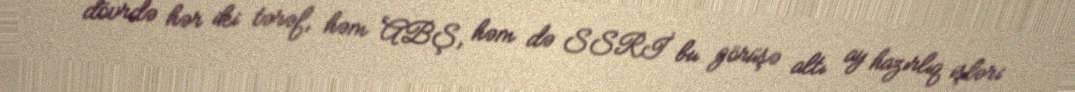
dövrdə hər iki tərəf, həm ABŞ, həm də SSRİ bu görüşə altı ay hazırlıq işləri